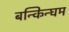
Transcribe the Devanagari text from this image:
बन्किन्घम